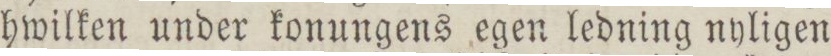
hwilken under konungens egen ledning nyligen